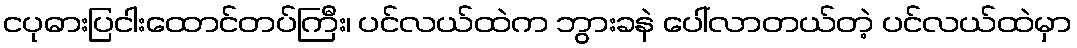
ငပုဓားပြငါးထောင်တပ်ကြီး၊ ပင်လယ်ထဲက ဘွားခနဲ ပေါ်လာတယ်တဲ့ ပင်လယ်ထဲမှာ